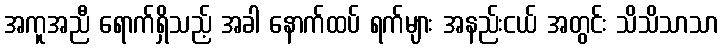
အကူအညီ ရောက်ရှိသည့် အခါ နောက်ထပ် ရက်များ အနည်းငယ် အတွင်း သိသိသာသာ